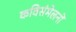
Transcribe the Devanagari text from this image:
कविसंमेलनों